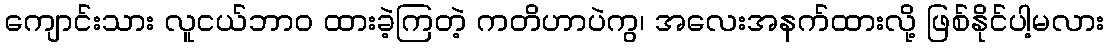
ကျောင်းသား လူငယ်ဘာဝ ထားခဲ့ကြတဲ့ ကတိဟာပဲကွ၊ အလေးအနက်ထားလို့ ဖြစ်နိုင်ပါ့မလား